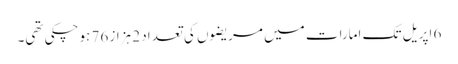
6 اپریل تک امارات میں مریضوں کی تعداد 2 ہزاز 76 ہوچکی تھی۔